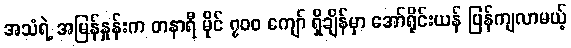
အသံရဲ့ အမြန်နှုန်းက တနာရီ မိုင် ၇၀၀ ကျော် ရှိချိန်မှာ အော်ရိုင်းယန် ပြန်ကျလာမယ့်